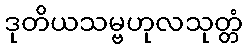
ဒုတိယသမ္ဗဟုလသုတ္တံ